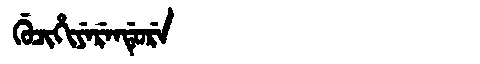
Manchu: ᡤᡠᠴᡳᡥᡳᠶᡝᡵᡝᠨᡩᡠᡵᡝ
Romanization: GUCIHIYERENDURE